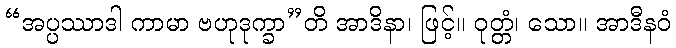
“အပ္ပဿာဒါ ကာမာ ဗဟုဒုက္ခာ”တိ အာဒိနာ၊ ဖြင့်။ ဝုတ္တံ၊ သော။ အာဒီနဝံ